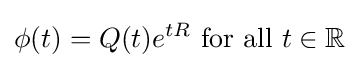
\phi (t)=Q(t)e^{tR}{\text{ for all }}t\in \mathbb {R}